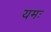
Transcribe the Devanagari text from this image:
यमः